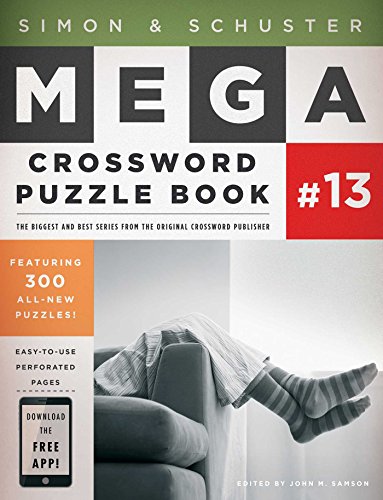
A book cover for Simon & Schuster Mega Crossword Puzzle Book #13 (The Mega); John M. Samson; Humor & Entertainment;